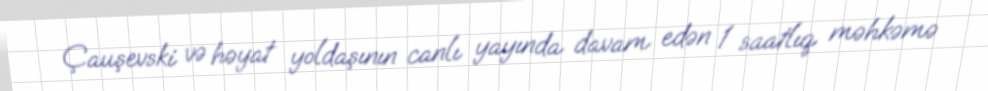
Çauşevski və həyat yoldaşının canlı yayında davam edən 1 saatlıq məhkəmə